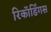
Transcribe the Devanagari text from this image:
रिकॉर्डिंगस